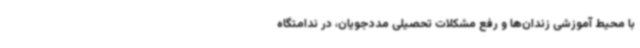
با محیط آموزشی زندان‌ها و رفع مشکلات تحصیلی مددجویان، در ندامتگاه